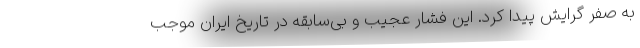
به صفر گرایش پیدا کرد. این فشار عجیب و بی‌سابقه در تاریخ ایران موجب